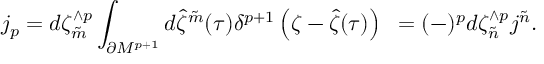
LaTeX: j _ { p } = d \zeta _ { \tilde { m } } ^ { \wedge p } \int _ { \partial { \cal M } ^ { p + 1 } } d { \hat { \zeta } } ^ { \tilde { m } } ( \tau ) \delta ^ { p + 1 } \left( \zeta - { \hat { \zeta } } ( \tau ) \right) ~ = ( - ) ^ { p } d \zeta _ { \tilde { n } } ^ { \wedge p } j ^ { \tilde { n } } . \qquad